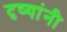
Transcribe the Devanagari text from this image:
दृष्यांनी